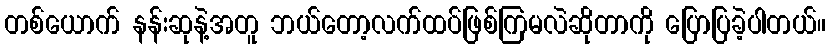
တစ်ယောက် နန်းဆုနဲ့အတူ ဘယ်တော့လက်ထပ်ဖြစ်ကြမလဲဆိုတာကို ပြောပြခဲ့ပါတယ်။